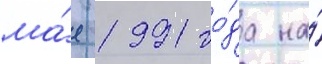
ма́е 1991 го́да на́